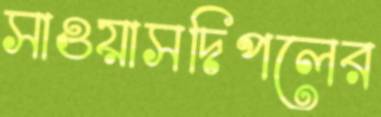
সাওয়াসদিপলের